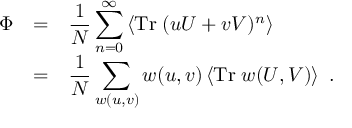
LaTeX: \begin{array} { r c l } { { \Phi } } & { { = } } & { { \displaystyle \frac { 1 } { N } \sum _ { n = 0 } ^ { \infty } \left\langle \mathrm { T r } \; ( u U + v V ) ^ { n } \right\rangle } } \\ { { } } & { { = } } & { { \displaystyle \frac { 1 } { N } \sum _ { w ( u , v ) } w ( u , v ) \left\langle \mathrm { T r } \; w ( U , V ) \right\rangle \ . } } \end{array}